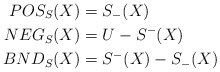
\begin{align*}POS_{S}(X)& =S_{-}(X) \\NEG_{S}(X)& =U-S^{-}(X) \\BND_{S}(X)& =S^{-}(X)-S_{-}(X)\end{align*}